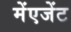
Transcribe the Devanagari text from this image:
मेंएजेंट